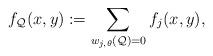
LaTeX: \begin{align*}f_{\mathcal{Q}}(x,y):=\sum\limits_{w_{j,\theta}(\mathcal{Q})=0}f_j(x,y),\end{align*}